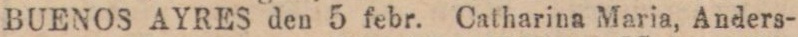
BUENOS AYRES den 5 febr. Catharina Maria, Anders-